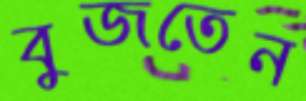
বুজতেন